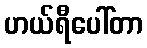
ဟယ်ရီပေါ်တာ